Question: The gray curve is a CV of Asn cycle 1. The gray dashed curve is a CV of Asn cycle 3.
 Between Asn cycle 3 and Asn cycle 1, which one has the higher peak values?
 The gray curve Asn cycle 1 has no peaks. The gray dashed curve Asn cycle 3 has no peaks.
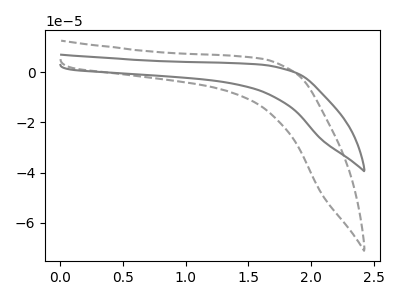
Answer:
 <answer>Niether CV has any peaks.</answer>
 <eval>blanks</eval>